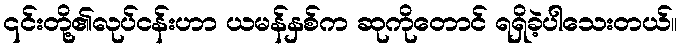
၎င်းတို့၏လုပ်ငန်းဟာ ယမန်နှစ်က ဆုကိုတောင် ရရှိခဲ့ပါသေးတယ်။